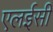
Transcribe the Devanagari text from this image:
एलईसी